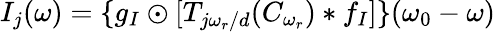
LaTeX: I_{j}(\omega)=\{ g_{I}\odot[T_{j\omega_{r}/d}(C_{\omega_{r}})*f_{I}]\} (\omega_{0}-\omega)